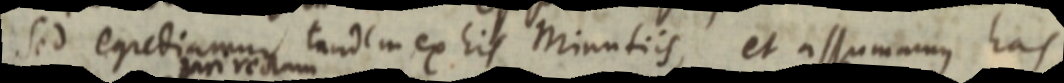
Sed egrediamur tandem ex his Minutiis, et assumamus has